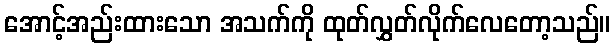
အောင့်အည်းထားသော အသက်ကို ထုတ်လွှတ်လိုက်လေတော့သည်။